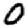
Digit: 0